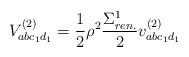
LaTeX: \begin{align*}V^{(2)}_{abc_1 d_1} = \frac{1}{2} \rho^2 \frac{\Sigma^1_{ren.}}{2} v^{(2)}_{abc_1 d_1}\end{align*}